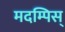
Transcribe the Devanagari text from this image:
मदम्पिस्